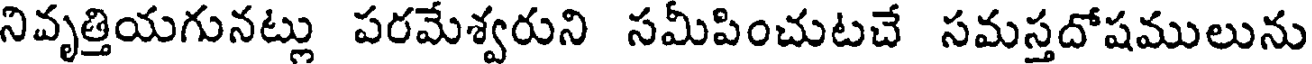
నివృత్తియగునట్లు పరమేశ్వరుని సమీపించుటచే సమస్తదోషములును